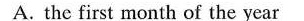
A. the first month of the year